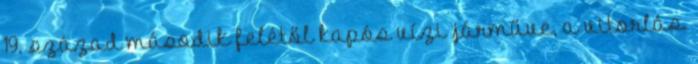
19. század második felétől kapós vízi járműve, a vitorlás.